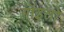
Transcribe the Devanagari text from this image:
गॉइतो